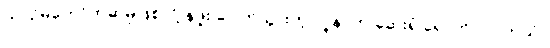
ယာဉ်မတော်တဆမှုဖြစ်လို့ နဖူး ပေါက်သွားတဲ့ လူနာက ဆေးရုံ ရောက် လာတယ်။